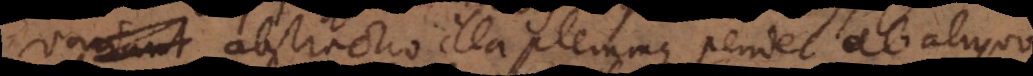
variant abstractio illa plerumque pendet ab ali